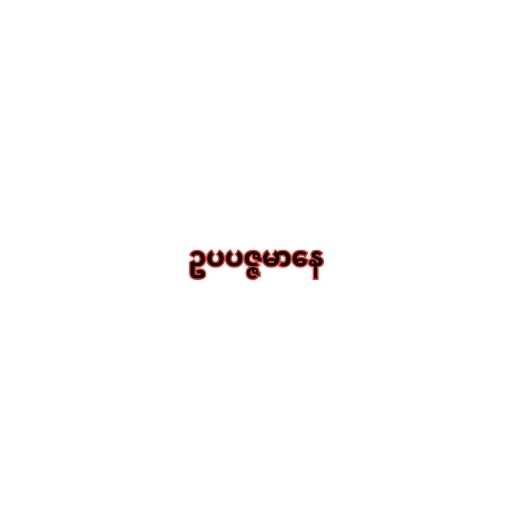
ဥပပဇ္ဇမာနေ